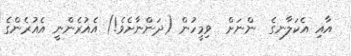
އާއި އެކަލާނގެ  ންނަށް  ވިމީހުން (ދަންނާށެވެ!) އެއުރެންނީ އެއުރެންގެ